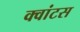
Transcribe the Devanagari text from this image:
क्‍वांटस